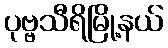
ပုဗ္ဗသီရိမြို့နယ်